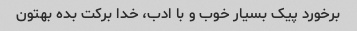
برخورد پیک بسیار خوب و با ادب، خدا برکت بده بهتون